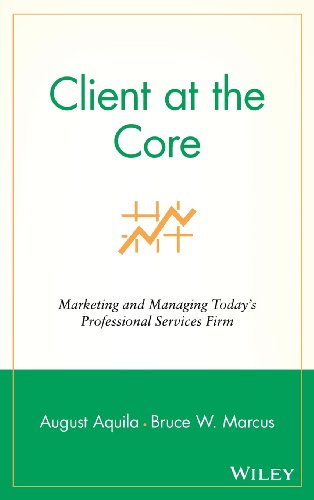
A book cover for Client at the Core: Marketing and Managing Today's Professional Services Firm; August Aquila; Law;